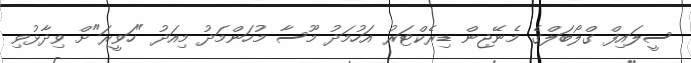
ސީލައިފް ގްލޯބަލްގެ މެނޭޖިން ޑިރެކްޓަރު އަހުމަދު މޫސާ މުހަންމަދު މިއަދު "ހަވީރަ"ށް ވިދާޅުވި